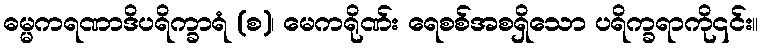
ဓမ္မကရဏာဒိပရိက္ခာရံ (စ)၊ မေကရိုဏ်း ရေစစ်အစရှိသော ပရိက္ခရာကို၎င်း။